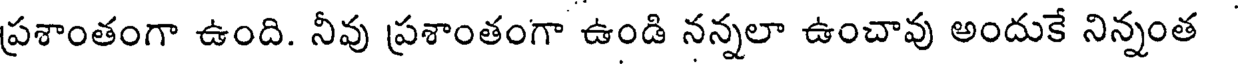
ప్రశాంతంగా ఉంది. నీవు ప్రశాంతంగా ఉండి నన్నలా ఉంచావు అందుకే నిన్నంత